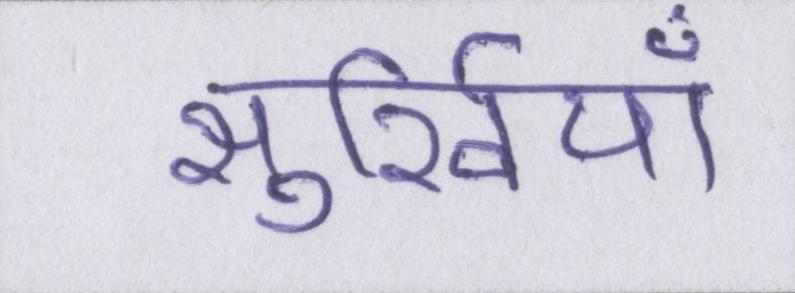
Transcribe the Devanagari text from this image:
सुर्खियाँ